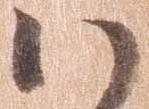
ハ